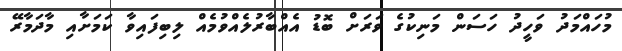
މުހައްމަދު ވަހީދު ހަސަން މަނިކުގެ ވަރަށް ބޮޑު އެއްބާރުލެއްވުމެއް ލިބިފައިވާ ކަމަށާއި މާދަމާރޭ